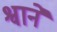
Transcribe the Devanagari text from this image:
श्वाने